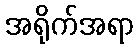
အရိုက်အရာ